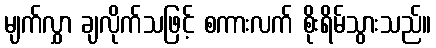
မျက်လွှာ ချလိုက်သဖြင့် စကားလက် စိုးရိမ်သွားသည်။